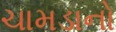
ચામડાનો